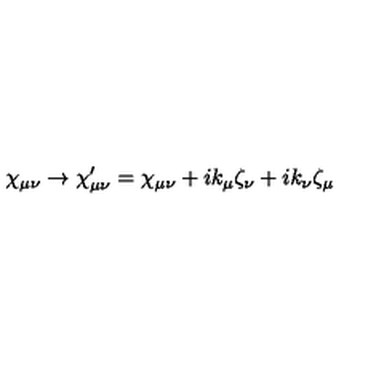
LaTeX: \chi _ { \mu \nu } \rightarrow \chi _ { \mu \nu } ^ { \prime } = \chi _ { \mu \nu } + i k _ { \mu } \zeta _ { \nu } + i k _ { \nu } \zeta _ { \mu }